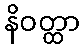
နိဝတ္ထာ